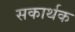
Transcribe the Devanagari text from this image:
सकार्थक